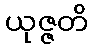
ယုဇ္ဇတိ